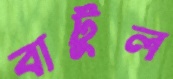
বাটুল